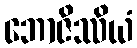
ဘောဇိဿိယံ